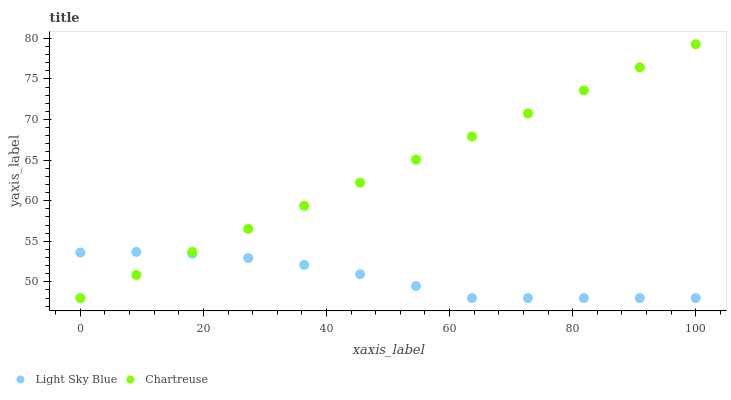
| xaxis_label | Light Sky Blue | Chartreuse |
 | --- | --- | --- |
 | 0 | 53.6 | 48 |
 | 9.09 | 53.7 | 50.8 |
 | 18.2 | 53.5 | 53.7 |
 | 27.3 | 52.9 | 56.5 |
 | 36.4 | 52.1 | 59.4 |
 | 45.5 | 50.9 | 62.2 |
 | 54.5 | 49.5 | 65.1 |
 | 63.6 | 48 | 67.9 |
 | 72.7 | 48 | 70.7 |
 | 81.8 | 48 | 73.6 |
 | 90.9 | 48 | 76.4 |
 | 100 | 48 | 79.3 |